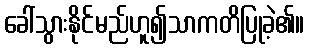
ခေါ်သွားနိုင်မည်ဟူ၍သာကတိပြုခဲ့၏။